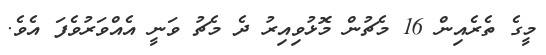
މީގެ ތެރެއިން 16 މެޗުން މޮޅުވިއިރު ދެ މެޗު ވަނީ އެއްވަރުވެފަ އެވެ.